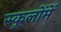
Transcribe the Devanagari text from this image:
स्कूलोंमें